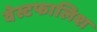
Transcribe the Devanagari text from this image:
वेस्टफालिश